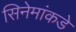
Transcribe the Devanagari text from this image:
सिनेमांकडे